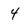
Character: 4